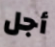
أجل